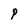
Character: P